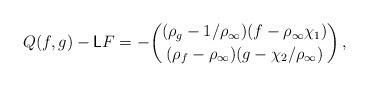
LaTeX: \begin{align*} Q(f,g) - \mathsf{L} F = - \binom{(\rho_g - 1/\rho_\infty)(f-\rho_\infty \chi_1)}{(\rho_f - \rho_\infty)(g-\chi_2/\rho_\infty)} \,,\end{align*}